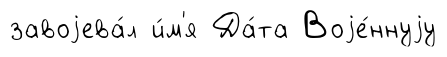
завоjева́л и́м'я Да́та Воjе́ннуjу